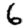
Digit: 6